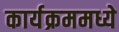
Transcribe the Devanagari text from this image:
कार्यक्रममध्ये